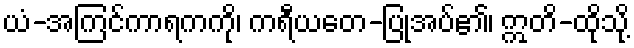
ယံ-အကြင်ကာရကကို၊ ကရီယတေ-ပြုအပ်၏၊ ဣတိ-ထိုသို့